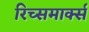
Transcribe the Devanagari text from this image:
रिच्समार्क्स